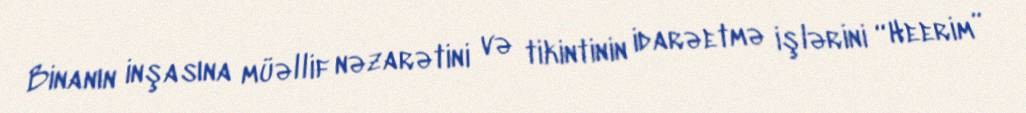
Binanın inşasına müəllif nəzarətini və tikintinin idarəetmə işlərini “Heerim”